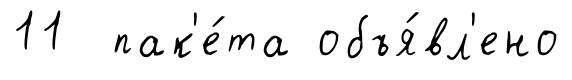
11 пак'е́та объя́вл'ено